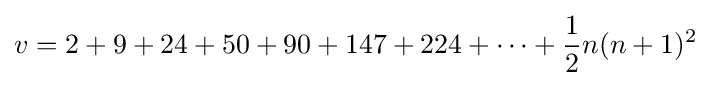
v=2+9+24+50+90+147+224+\cdots +{\frac {1}{2}}n(n+1)^{2}